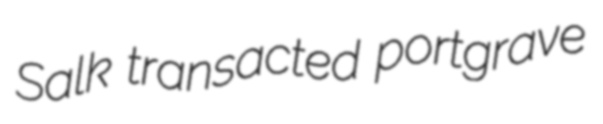
Salk transacted portgrave